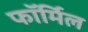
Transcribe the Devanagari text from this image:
फॉर्मिल